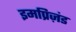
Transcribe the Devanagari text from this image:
इमप्रिज़ंड